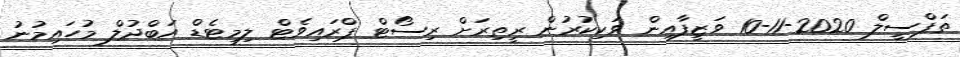
ތަފްސީލް 2020-11-10 ވަޒީފާއިން ވަކިކުރުން ރީތިރަށް ރިސޯޓް ޕްރައިވެޓް ލިމިޓެޑް އަބްދުލް މުހައިމުނު